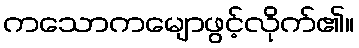
ကသောကမျောဖွင့်လိုက်၏။